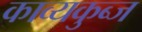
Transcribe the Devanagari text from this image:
काव्यकुब्ज